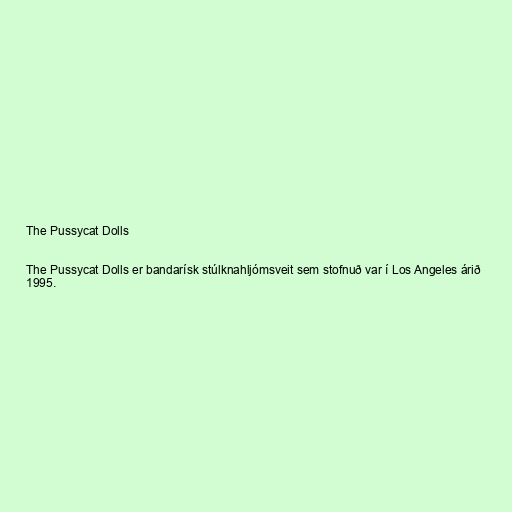
The Pussycat Dolls

The Pussycat Dolls er bandarísk stúlknahljómsveit sem stofnuð var í Los Angeles árið
1995.